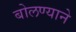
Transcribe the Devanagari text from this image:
बोलण्याने